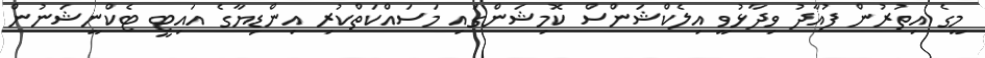
މީގެ އިތުރުން ފުއާދު ވިދާޅުވީ އިލެކްޝަންސް ކޮމިޝަންގައި މަސައްކަތްކުރި އިންޑިޔާގެ އައިޓީ ޓެކްނީޝަނުން